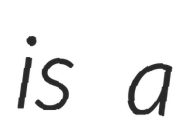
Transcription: is a